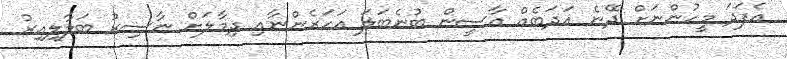
އެފަދަ މީހުންނަށް ދޭނެ އަދަބެއް އާސީން ބުނެބަލަ އަހަރެންނާއި ދިމާލަށް ނާސިރު ބަލާލިއިރު